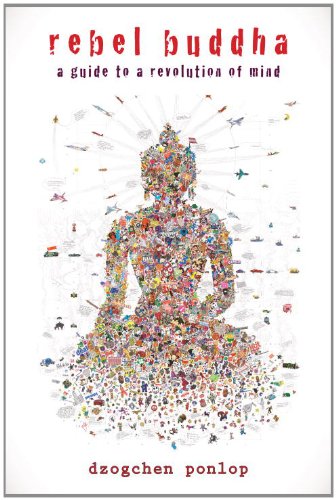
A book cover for Rebel Buddha: A Guide to a Revolution of Mind; Dzogchen Ponlop; Religion & Spirituality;